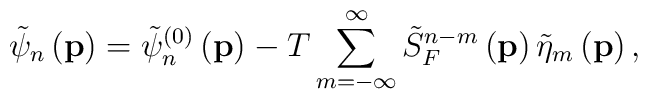
\tilde{\psi}_n\left( \mathbf{p}\right) =\tilde{\psi}_n^{\left( 0\right)}\left( \mathbf{p}\right) -T\sum_{m=-\infty }^\infty \tilde{S}_F^{n-m}\left( \mathbf{p}\right) \tilde{\eta}_m\left( \mathbf{p}\right) ,